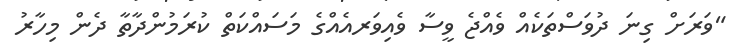
"ވަރަަށް ގިނަ ދުވަސްތަކެއް ވެއްޖެ ވީސާ ވެއިވަރއެއްގެ މަސައްކަތް ކުރަމުންދާތާ ދެން މިހާރު